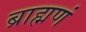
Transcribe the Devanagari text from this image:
ब्राह्मणं